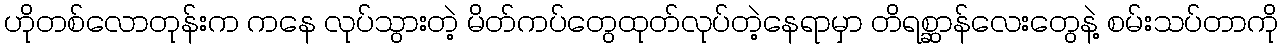
ဟိုတစ်လောတုန်းက ကနေ လုပ်သွားတဲ့ မိတ်ကပ်တွေထုတ်လုပ်တဲ့နေရာမှာ တိရစ္ဆာန်လေးတွေနဲ့ စမ်းသပ်တာကို